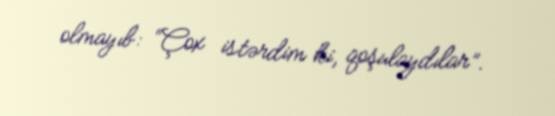
olmayıb: “Çox istərdim ki, qoşulaydılar”.